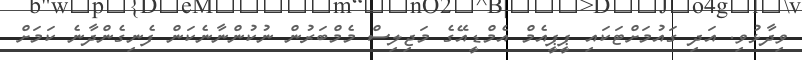
ވިދާޅުވި. އަދި ގައުމަށްޓަކައި ޕީޕީއެމް އެމްޑީއޭގެ މަޖިލިސް މެމްބަރުން ނުކުންނާނެކަން ފެނިގެންދާނެ ކަމަށް